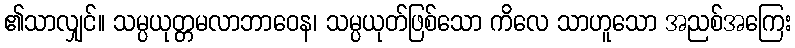
၏သာလျှင်။ သမ္ပယုတ္တမလာဘာဝေန၊ သမ္ပယုတ်ဖြစ်သော ကိလေ သာဟူသော အညစ်အကြေး